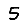
Digit: 5